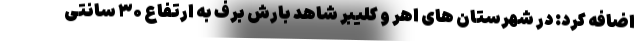
اضافه کرد: در شهرستان های اهر و کلیبر شاهد بارش برف به ارتفاع ۳۰ سانتی